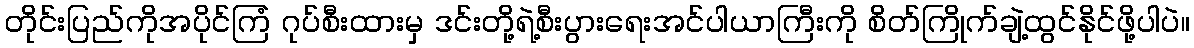
တိုင်းပြည်ကိုအပိုင်ကြံ ဂုပ်စီးထားမှ ဒင်းတို့ရဲ့စီးပွားရေးအင်ပါယာကြီးကို စိတ်ကြိုက်ချဲ့ထွင်နိုင်ဖို့ပါပဲ။